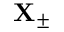
\mathbf { X } _ { \pm }